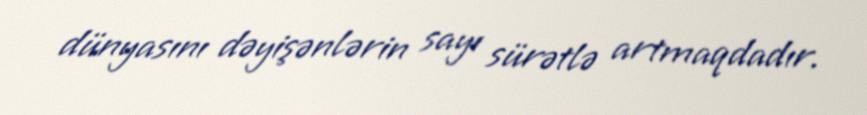
dünyasını dəyişənlərin sayı sürətlə artmaqdadır.